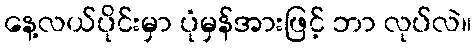
နေ့လယ်ပိုင်းမှာ ပုံမှန်အားဖြင့် ဘာ လုပ်လဲ။